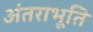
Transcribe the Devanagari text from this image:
अंतराभूति